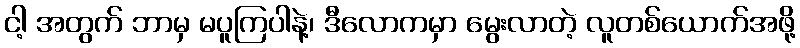
ငါ့ အတွက် ဘာမှ မပူကြပါနဲ့၊ ဒီလောကမှာ မွေးလာတဲ့ လူတစ်ယောက်အဖို့